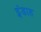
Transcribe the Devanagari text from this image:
इंडाह